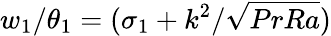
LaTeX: w_{1}/\theta_{1}=(\sigma_{1}+k^{2}/\sqrt{PrRa})